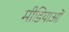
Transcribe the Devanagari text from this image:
मीडियाओं